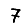
Digit: 7